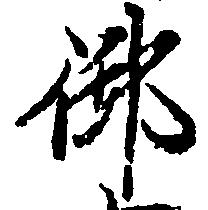
御